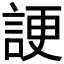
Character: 𧨒